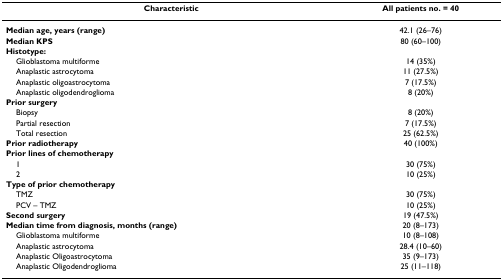
| Characteristic | All patients no. = 40 |
 | --- | --- |
 | Median age, years (range) | 42.1 (26–76) |
 | Median KPS | 80 (60–100) |
 | Histotype: |  |
 | Glioblastoma multiforme | 14 (35%) |
 | Anaplastic astrocytoma | 11 (27.5%) |
 | Anaplastic oligoastrocytoma | 7 (17.5%) |
 | Anaplastic oligodendroglioma | 8 (20%) |
 | Prior surgery |  |
 | Biopsy | 8 (20%) |
 | Partial resection | 7 (17.5%) |
 | Total resection | 25 (62.5%) |
 | Prior radiotherapy | 40 (100%) |
 | Prior lines of chemotherapy |  |
 | 1 | 30 (75%) |
 | 2 | 10 (25%) |
 | Type of prior chemotherapy |  |
 | TMZ | 30 (75%) |
 | PCV – TMZ | 10 (25%) |
 | Second surgery | 19 (47.5%) |
 | Median time from diagnosis, months (range) | 20 (8–173) |
 | Glioblastoma multiforme | 10 (8–108) |
 | Anaplastic astrocytoma | 28.4 (10–60) |
 | Anaplastic Oligoastrocytoma | 35 (9–173) |
 | Anaplastic Oligodendroglioma | 25 (11–118) |